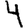
Digit: 4